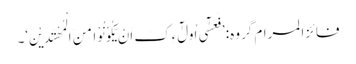
فائزالمرام گروہ: ’فَعَسٰٓی اُولٰٓءِکَ اَنْ یَّکُوْنُوْا مِنَ الْمُھْتَدِیْنَ‘۔